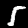
Digit: 5